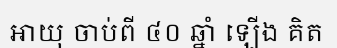
អាយុ ចាប់ពី ៤០ ឆ្នាំ ឡើង គិត